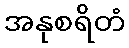
အနုစရိတံ